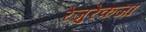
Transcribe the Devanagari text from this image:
रेज़ुरेकजा